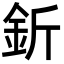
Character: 釿